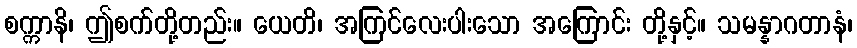
စက္ကာနိ၊ ဤစက်တို့တည်း။ ယေတိ၊ အကြင်လေးပါးသော အကြောင်း တို့နှင့်။ သမန္နာဂတာနံ၊